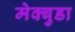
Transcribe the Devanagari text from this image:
मेक्बुडा